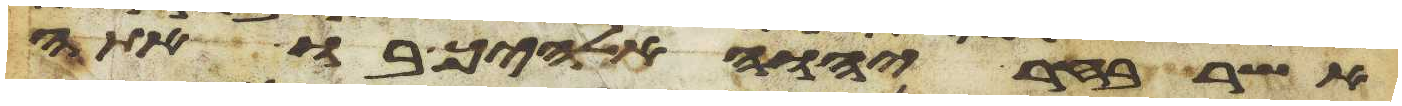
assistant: אשר בחר יהוה אלהיך בו אתה